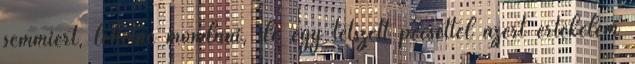
semmiért, lehetne mondani, de egy tetszett pecséttel azért értékelem